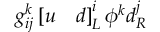
g _ { i j } ^ { k } \left[ u \quad d \right] _ { L } ^ { i } \phi ^ { k } d _ { R } ^ { j }